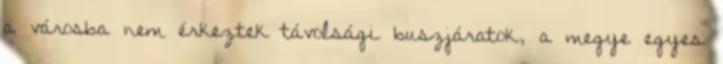
a városba nem érkeztek távolsági buszjáratok, a megye egyes